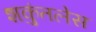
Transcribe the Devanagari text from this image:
शकुंतलेस